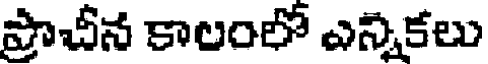
ప్రాచీన కాలంలో ఎన్నికలు